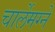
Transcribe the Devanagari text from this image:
चार्लेमग्ने